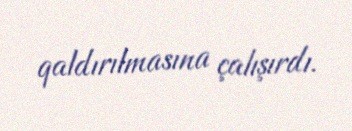
qaldırılmasına çalışırdı.